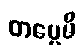
တပ္ပေမိ